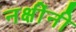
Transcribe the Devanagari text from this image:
नक्षींनी